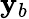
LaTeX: \mathbf{y}_{b}